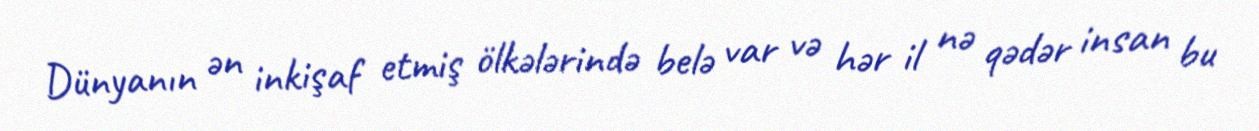
Dünyanın ən inkişaf etmiş ölkələrində belə var və hər il nə qədər insan bu